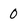
Character: 0